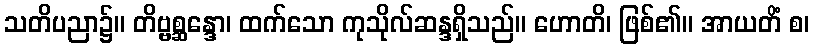
သတိပညာ၌။ တိဗ္ဗစ္ဆန္ဒော၊ ထက်သော ကုသိုလ်ဆန္ဒရှိသည်။ ဟောတိ၊ ဖြစ်၏။ အာယတိံ စ၊